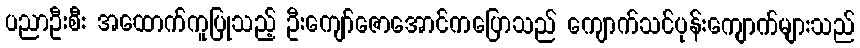
ပညာဦးစီး အထောက်ကူပြုသည့် ဦးကျော်ဇောအောင်ကပြောသည် ကျောက်သင်ပုန်းကျောက်များသည်